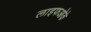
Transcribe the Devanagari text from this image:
लाइफओके